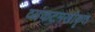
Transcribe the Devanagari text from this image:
व्यंकटमखीकृत